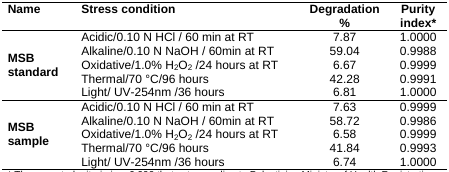
<table><thead><tr><td><b>Name</b></td><td><b>Stress condition</b></td><td><b>Degradation %</b></td><td><b>Purity index*</b></td></tr></thead><tbody><tr><td rowspan="5"><b>MSB standard</b></td><td>Acidic/0.10 N HCl/60 min at RT</td><td>7.87</td><td>1.0000</td></tr><tr><td>Alkaline/0.10 N NaOH/60min at RT</td><td>59.04</td><td>0.9988</td></tr><tr><td>Oxidative/1.0% H<sub>2</sub>O<sub>2</sub>/24 hours at RT</td><td>6.67</td><td>0.9999</td></tr><tr><td>Thermal/70 °C/96 hours</td><td>42.28</td><td>0.9991</td></tr><tr><td>Light/ UV-254nm/36 hours</td><td>6.81</td><td>1.0000</td></tr><tr><td rowspan="5"><b>MSB sample</b></td><td>Acidic/0.10 N HCl/60 min at RT</td><td>7.63</td><td>0.9999</td></tr><tr><td>Alkaline/0.10 N NaOH/60min at RT</td><td>58.72</td><td>0.9986</td></tr><tr><td>Oxidative/1.0% H<sub>2</sub>O<sub>2</sub>/24 hours at RT</td><td>6.58</td><td>0.9999</td></tr><tr><td>Thermal/70 °C/96 hours</td><td>41.84</td><td>0.9993</td></tr><tr><td>Light/ UV-254nm/36 hours</td><td>6.74</td><td>1.0000</td></tr></tbody></table>